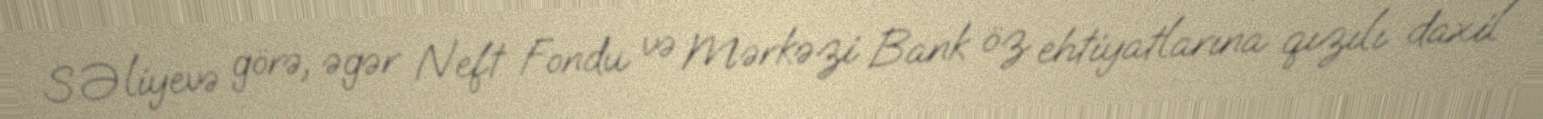
S.Əliyevə görə, əgər Neft Fondu və Mərkəzi Bank öz ehtiyatlarına qızılı daxil